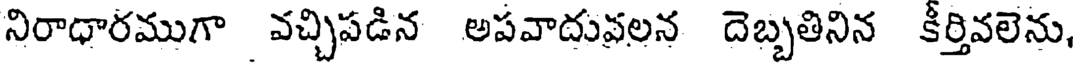
నిరాధారముగా వచ్చిపడిన అపవాదువలన దెబ్బతినిన కీర్తివలెను